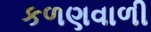
કળણવાળી